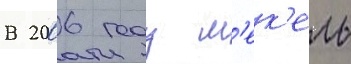
В 2006 году м'ек'ель